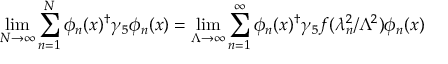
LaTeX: \operatorname * { l i m } _ { N { \rightarrow } \infty } \sum _ { n = 1 } ^ { N } \phi _ { n } ( x ) ^ { \dag } \gamma _ { 5 } \phi _ { n } ( x ) = \operatorname * { l i m } _ { \Lambda \rightarrow \infty } \sum _ { n = 1 } ^ { \infty } \phi _ { n } ( x ) ^ { \dag } \gamma _ { 5 } f ( \lambda _ { n } ^ { 2 } / \Lambda ^ { 2 } ) \phi _ { n } ( x )